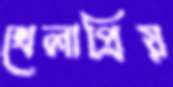
খেলাপ্রিয়